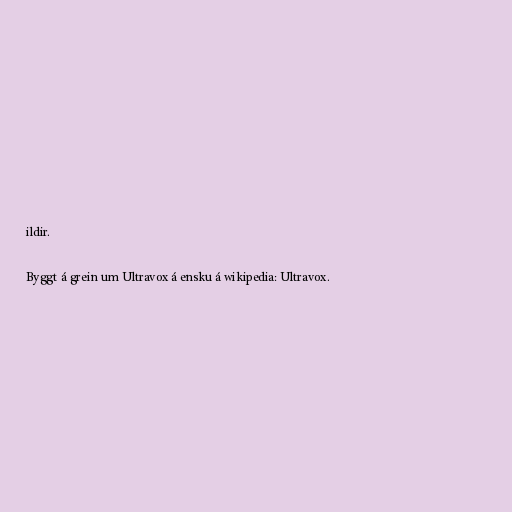
ildir.

Byggt á grein um Ultravox á ensku á wikipedia: Ultravox.